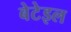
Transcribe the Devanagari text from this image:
बेटेइल